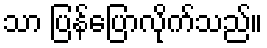
သာ ပြန်ပြောလိုက်သည်။